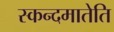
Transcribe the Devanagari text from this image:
स्कन्दमातेति